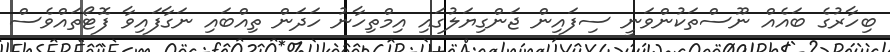
ބިހާރުގެ ބައެއް ނޫސްތަކުންވަނީ ސިފައިން ޖަންގިޔަލުގައި އިމްތިހާނު ހަދަން ތިއްބައި ނަގާފައިވާ ފޮޓޯތައްވެސް